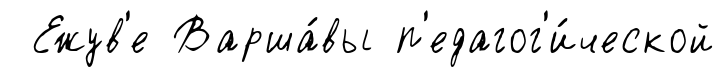
Ежув'е Варша́вы п'едагог'и́ческой